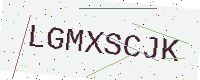
Text: LGMXSCJK